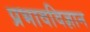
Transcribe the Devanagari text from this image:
प्रभावविज्ञान